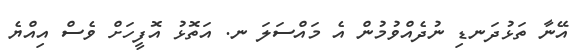
އޭނާ ތަޅުދަނޑި ނުދެއްވުމުން އެ މައްސަލަ ނ. އަތޮޅު އޮފީހަށް ވެސް އިއްޔެ